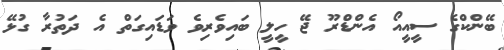
ބޭންކްގެ ސީއީއޯ އެންޑްރޫ ޖޭ ހީލީ ބައިވެރިވެ ވަޑައިގަތް އެ ދަތުރާ ގުޅޭ